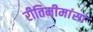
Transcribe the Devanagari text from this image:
रीतिमीमांसा